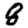
Digit: 8